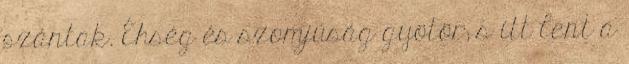
szántak. Éhség és szomjúság gyötör; s itt lent a